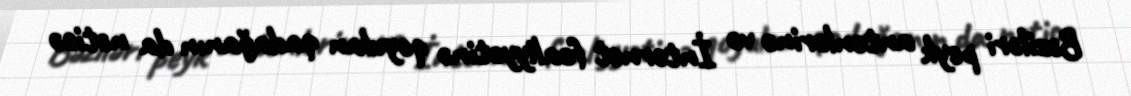
Bəziləri peyk antenlərinə və İnternet fəaliyyətinə qoyulan qadağanın da nəticə